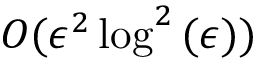
O ( \epsilon ^ { 2 } \log ^ { 2 } { ( \epsilon ) } )